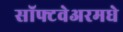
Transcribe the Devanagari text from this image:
सॉफ्टवेअरमधे